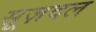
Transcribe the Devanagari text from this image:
सूज़दल